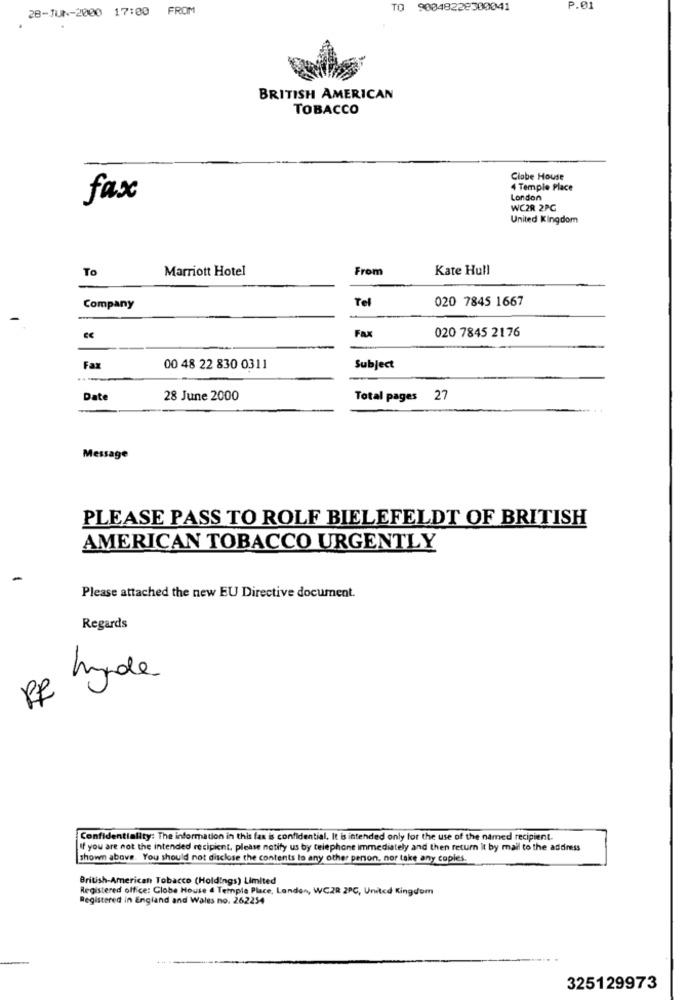
28-JUN-2000 17:00 FROM
90048222300041
P.01
BRITISH AMERICAN
TOBACCO
Clabe House
4 Temple Place
fax
London
WC2R 2PC
United Kingdom
To
Marriott Hotel
From
Kate Hull
Tel
020 7845 1667
Company
Fax
020 7845 2176
Fax
00 48 22 830 0311
Subject
Date
28 June 2000
Total pages 27
Message
PLEASE PASS TO ROLF BIELEFELDT OF BRITISH
AMERICAN TOBACCO URGENTLY
Please attached the new EU Directive document.
Regards
PR Made
Confidentiality: The information in this fax is confidential. It is intended only for the use of the named recipient.
If you are not the intended recipient, please notify us by telephone immediately and then return it by mail to the address
shown above. You should not disclose the contents to any other person, nor take any copies.
British-American Tobacco (Holdings) Limited
Registered office: Globe House a Temple Place, London, WC2R 2PC, United Kingdom
Registered in England and Wales no. 262254
325129973